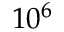
1 0 ^ { 6 }